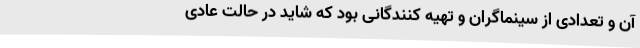
آن و تعدادی از سینماگران و تهیه کنندگانی بود که شاید در حالت عادی